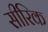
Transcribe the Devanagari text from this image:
सीरिक